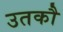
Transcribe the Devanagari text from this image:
उतकौ